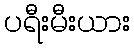
ပရီးမီးယား